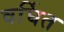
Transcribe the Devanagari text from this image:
वर्घित